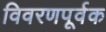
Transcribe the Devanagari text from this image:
विवरणपूर्वक